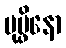
ပုပ္ဖိနော